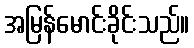
အမြန်မောင်းခိုင်းသည်။